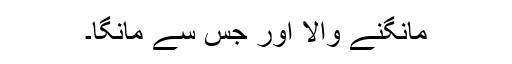
مانگنے والا اور جس سے مانگا۔